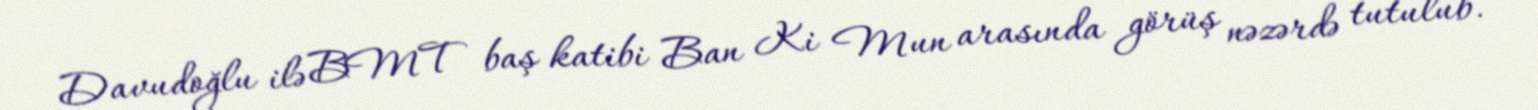
Davudoğlu ilə BMT baş katibi Ban Ki Mun arasında görüş nəzərdə tutulub.